Indian journal of veterinary science and animal husbandry - Volumes 15-17, 1948-1951
Year: 1948
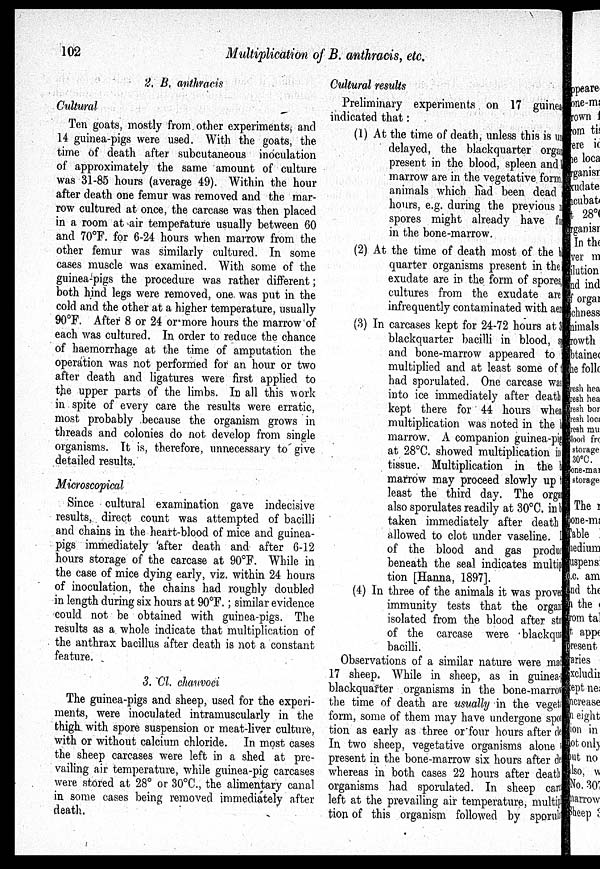
102
Multiplication of B. anthracis, etc.
2. B, anthracis
Cultural
Ten goats, mostly from other experiments, and
14 guinea-pigs were used. With the goats, the
time of death after subcutaneous inoculation
of approximately the same amount of culture
was 31-85 hours (average 49). Within the hour
after death one femur was removed and the mar-
row cultured at once, the carcase was then placed
in a room at air temperature usually between 60
and 70ºF. for 6-24 hours when marrow from the
other femur was similarly cultured. In some
cases muscle was examined. With some of the
guinea-pigs the procedure was rather different;
both hind legs were removed, one was put in the
cold and the other at a higher temperature, usually
90ºF. After 8 or 24 or more hours the marrow of
each was cultured. In order to reduce the chance
of haemorrhage at the time of amputation the
operation was not performed for an hour or two
after death and ligatures were first applied to
the upper parts of the limbs. In all this work
in spite of every care the results were erratic,
most probably because the organism grows in
threads and colonies do not develop from single
organisms. It is, therefore, unnecessary to give
detailed results.
Microscopical
Since cultural examination gave indecisive
results, direct count was attempted of bacilli
and chains in the heart-blood of mice and guinea-
pigs immediately 'after death and after 6-12
hours storage of the carcase at 90°F. While in
the case of mice dying early, viz. within 24 hours
of inoculation, the chains had roughly doubled
in length during six hours at 90ºF.; similar evidence
could not be obtained with guinea-pigs. The
results as a whole indicate that multiplication of
the anthrax bacillus after death is not a, constant
feature.
3. Cl. chauvoei
The guinea-pigs and sheep, used for the experi-
ments, were inoculated intramuscularly in the
thigh with spore suspension or meat-liver culture,
with or without calcium chloride. In most cases
the sheep carcases were left in a shed at pre-
vailing air temperature, while guinea-pig carcases
were stored at 28° or 30ºC., the alimentary canal
in some cases being removed immediately after
death.
Cultural results
Preliminary experiments on 17 guinea
indicated that:
(1) At the time of death, unless this is un
delayed, the blackquarter orga
present in the blood, spleen and
marrow are in the vegetative form
animals which had been dead
hours, e.g. during the previous
spores might already have fo
in the bone-marrow.
(2) At the time of death most of the b
quarter organisms present in the
exudate are in the form of spores
cultures from the exudate are
infrequently contaminated with aer
(3) In carcases kept for 24-72 hours at 3
blackquarter bacilli in blood, s
and bone-marrow appeared to
multiplied and at least some of
had sporulated. One carcase was
into ice immediately after death
kept there for 44 hours when
multiplication was noted in the
marrow. A companion guinea-pig
at 28ºC. showed multiplication in
tissue. Multiplication in the
marrow may proceed slowly up
least the third day. The organ
also sporulates readily at 30ºC. in
taken immediately after death
allowed to clot under vaseline. 1
of the blood and gas product
beneath the seal indicates multip
tion [Hanna, 1897].
(4) In three of the animals it was proved
immunity tests that the organ
isolated from the blood after sto
of the carcase were blackqua
bacilli.
Observations of a similar nature were mac
17 sheep. While in sheep, as in guinea-
blackquarter organisms in the bone -marrow
the time of death are usually in the vegeta
form, some of them may have undergone spo
tion as early as three or "four hours after de
In two sheep, vegetative organisms alone
present in the bone-marrow six hours after de
whereas in both cases 22 hours after death
organisms had sporulated. In sheep cart
left at the prevailing air temperature, multipl
tion of this organism followed by sporula